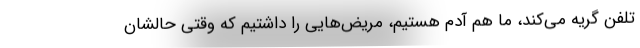
تلفن گریه می‌کند، ما هم آدم هستیم، مریض‌هایی را داشتیم که وقتی حالشان